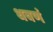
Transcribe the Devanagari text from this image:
धवणं